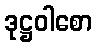
ဒုဋ္ဌဝါစော